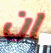
ان